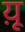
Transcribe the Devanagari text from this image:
य़ू